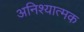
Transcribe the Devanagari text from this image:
अनिश्यात्मक